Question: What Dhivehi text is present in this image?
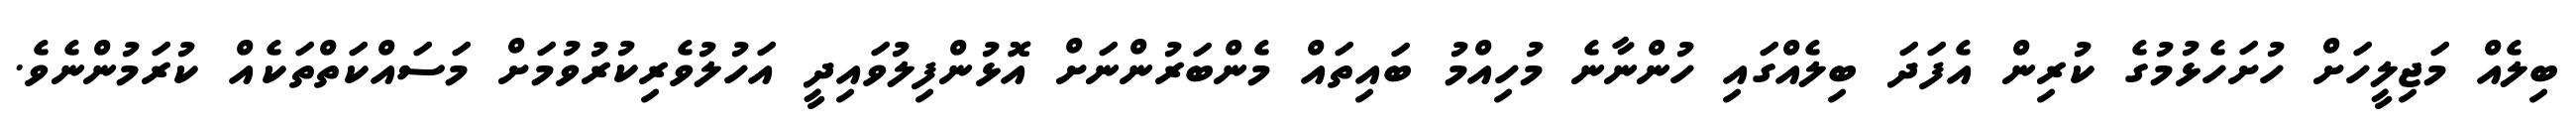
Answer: ބިލެއް މަޖިލީހަށް ހުށަހެޅުމުގެ ކުރިން އެފަދަ ބިލެއްގައި ހުންނާނެ މުހިއްމު ބައިތައް މެންބަރުންނަށް އޮޅުންފިލުވައިދީ އަހުލުވެރިކުރުވުމަށް މަސައްކަތްތަކެއް ކުރަމުންނެވެ.